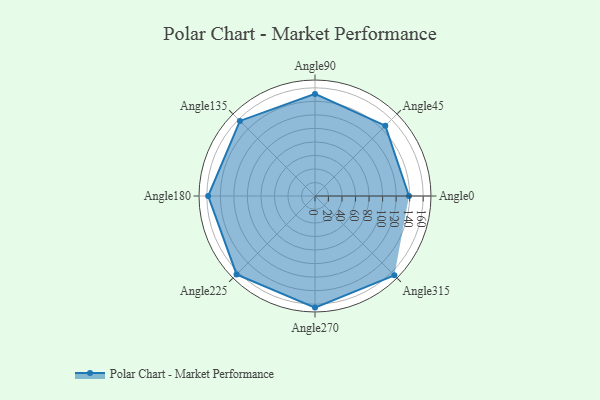
{"axis": {"x": "Angle", "y": "Radius"}, "legend": [""], "data": [{"x": "Angle0", "y": 139.0, "type": ""}, {"x": "Angle45", "y": 147.0, "type": ""}, {"x": "Angle90", "y": 151.0, "type": ""}, {"x": "Angle135", "y": 157.0, "type": ""}, {"x": "Angle180", "y": 158.0, "type": ""}, {"x": "Angle225", "y": 164.0, "type": ""}, {"x": "Angle270", "y": 165.0, "type": ""}, {"x": "Angle315", "y": 166.0, "type": ""}]}